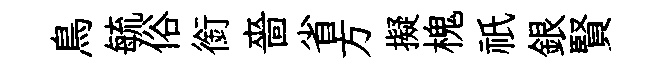
鳥毓俗銜嗇省方擬槐祇銀賢